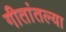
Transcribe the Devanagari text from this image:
गीतांतल्या